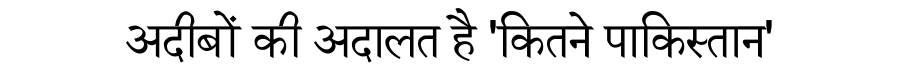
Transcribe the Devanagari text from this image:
अदीबों की अदालत है 'कितने पाकिस्तान'